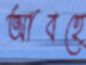
আবহে